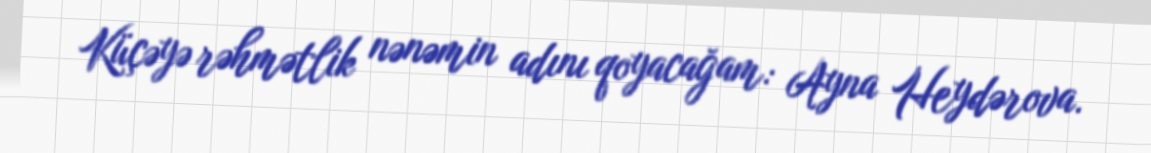
Küçəyə rəhmətlik nənəmin adını qoyacağam: Ayna Heydərova.